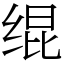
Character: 绲